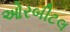
ઓરબીટલ